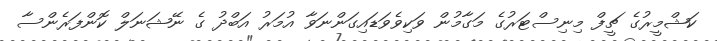
ކަޝްމީރުގެ ޗީފް މިނިސްޓަރުގެ މަގާމުން ވަކިވެވަޑައިގަންނަވާ އުމަރު އަބްދު ގެ ނޭޝަނަލް ކޮންފަރެންސާ